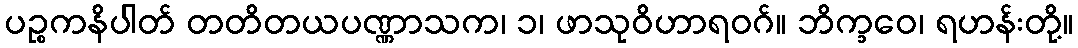
ပဉ္စကနိပါတ် တတိတယပဏ္ဏာသက၊ ၁၊ ဖာသုဝိဟာရဝဂ်။ ဘိက္ခဝေ၊ ရဟန်းတို့။